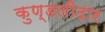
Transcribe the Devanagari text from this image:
कुण्डलीदार